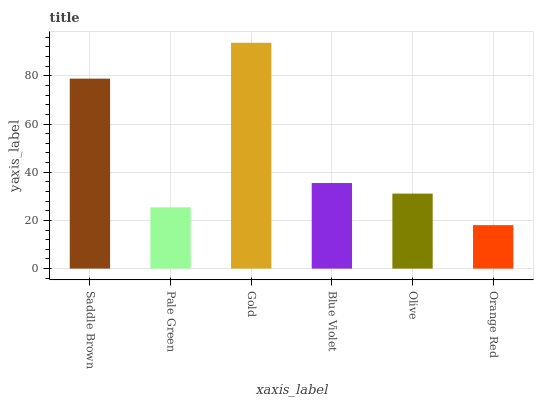
| xaxis_label | bars |
 | --- | --- |
 | Saddle Brown | 78.8 |
 | Pale Green | 25.4 |
 | Gold | 93.7 |
 | Blue Violet | 35.5 |
 | Olive | 31.1 |
 | Orange Red | 18 |